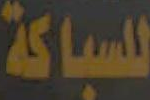
للسباكة